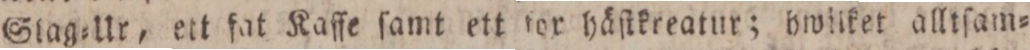
Slag=Ur, ett fat Kaffe ſamt ett for häſtkreatur; hwliket alltſam=